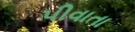
પીવાતા